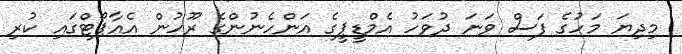
މިދިޔަ މަހުގެ ފަސް ވަނަ ދުވަހު އެމްޑީޕީގެ އަންހެނުންގެ ރޫހުން އެއާޕޯޓްގައި ކުރި